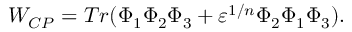
W _ { C P } = T r ( \Phi _ { 1 } \Phi _ { 2 } \Phi _ { 3 } + \varepsilon ^ { 1 / n } \Phi _ { 2 } \Phi _ { 1 } \Phi _ { 3 } ) .